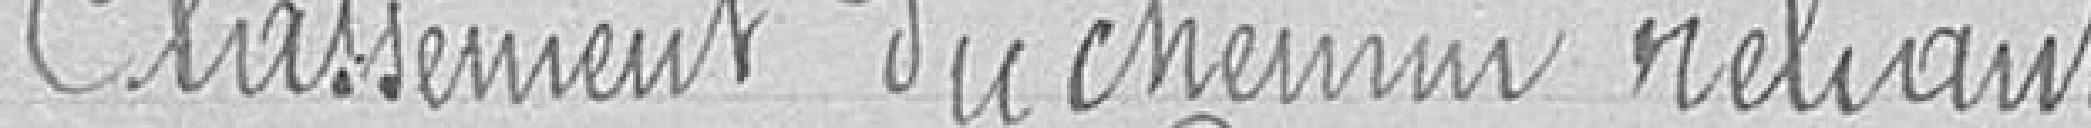
Classement du chemin reliant